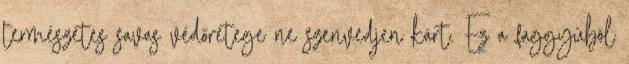
természetes savas védőrétege ne szenvedjen kárt. Ez a faggyúból